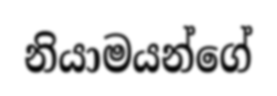
නියාමයන්ගේ